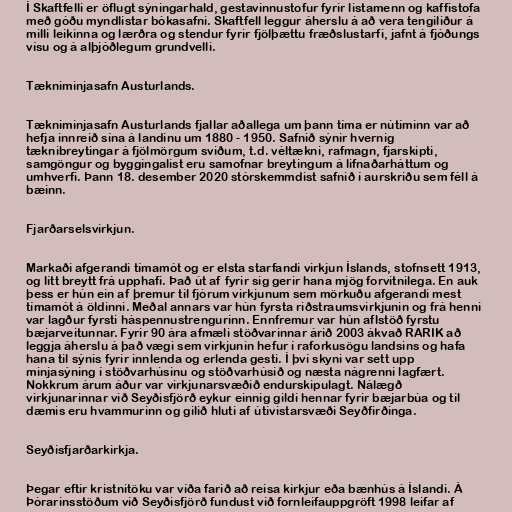
Í Skaftfelli er öflugt sýningarhald, gestavinnustofur fyrir listamenn og kaffistofa
með góðu myndlistar bókasafni. Skaftfell leggur áherslu á að vera tengiliður á
milli leikinna og lærðra og stendur fyrir fjölþættu fræðslustarfi, jafnt á fjóðungs
vísu og á alþjóðlegum grundvelli.

Tækniminjasafn Austurlands.

Tækniminjasafn Austurlands fjallar aðallega um þann tíma er nútíminn var að
hefja innreið sína á landinu um 1880 - 1950. Safnið sýnir hvernig
tæknibreytingar á fjölmörgum sviðum, t.d. véltækni, rafmagn, fjarskipti,
samgöngur og byggingalist eru samofnar breytingum á lifnaðarháttum og
umhverfi. Þann 18. desember 2020 stórskemmdist safnið í aurskriðu sem féll á
bæinn.

Fjarðarselsvirkjun.

Markaði afgerandi tímamót og er elsta starfandi virkjun Íslands, stofnsett 1913,
og lítt breytt frá upphafi. Það út af fyrir sig gerir hana mjög forvitnilega. En auk
þess er hún ein af þremur til fjórum virkjunum sem mörkuðu afgerandi mest
tímamót á öldinni. Meðal annars var hún fyrsta riðstraumsvirkjunin og frá henni
var lagður fyrsti háspennustrengurinn. Ennfremur var hún aflstöð fyrstu
bæjarveitunnar. Fyrir 90 ára afmæli stöðvarinnar árið 2003 ákvað RARIK að
leggja áherslu á það vægi sem virkjunin hefur í raforkusögu landsins og hafa
hana til sýnis fyrir innlenda og erlenda gesti. Í því skyni var sett upp
minjasýning í stöðvarhúsinu og stöðvarhúsið og næsta nágrenni lagfært.
Nokkrum árum áður var virkjunarsvæðið endurskipulagt. Nálægð
virkjunarinnar við Seyðisfjörð eykur einnig gildi hennar fyrir bæjarbúa og til
dæmis eru hvammurinn og gilið hluti af útivistarsvæði Seyðfirðinga.

Seyðisfjarðarkirkja.

Þegar eftir kristnitöku var víða farið að reisa kirkjur eða bænhús á Íslandi. Á
Þórarinsstöðum við Seyðisfjörð fundust við fornleifauppgröft 1998 leifar af